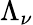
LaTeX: \Lambda_{\nu}